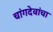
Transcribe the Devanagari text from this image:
चांगदेवांचा